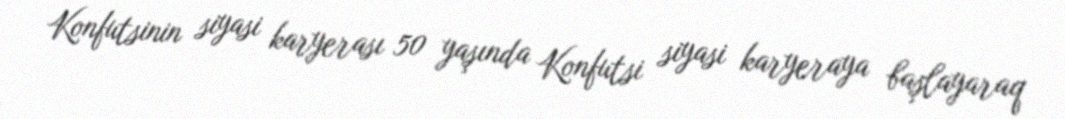
Konfutsinin siyasi karyerası 50 yaşında Konfutsi siyasi karyeraya başlayaraq